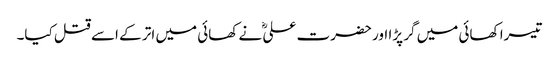
تیسرا کھائی میں گر پڑا اور حضرت علیؓ نے کھائی میں اتر کے اسے قتل کیا۔